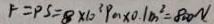
F = P S = 8 \times 1 0 ^ { 3 } P a \times 0 . 1 m ^ { 2 } = 8 0 0 N